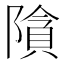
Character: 𮥞